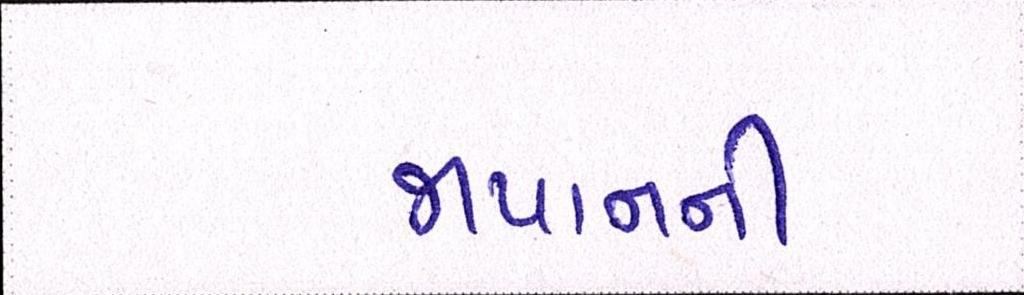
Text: જાપાનની